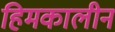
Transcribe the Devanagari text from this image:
हिमकालीन